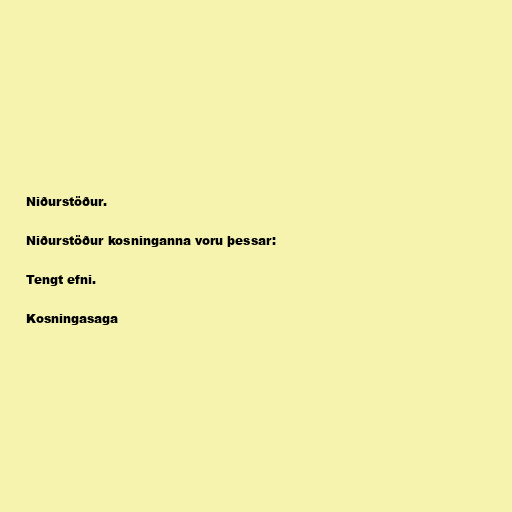
Niðurstöður.

Niðurstöður kosninganna voru þessar:

Tengt efni.

Kosningasaga